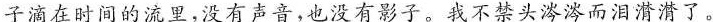
子滴在时间的流里，没有声音，也没有影子。我不禁头涔涔而泪潸潸了。